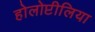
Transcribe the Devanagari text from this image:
होलोप्टीलिया